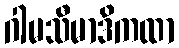
ဂါမသီမာဒိကထာ